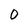
Character: O